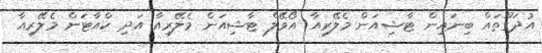
އުދަގޫތައް ބިނައިން ޓާޝިއަން މެލޭރިއާ އޯވޭލް ޓާޝިއަން މެލޭރިއާ އަދި ކްއާޓަން މެލޭރިއާ